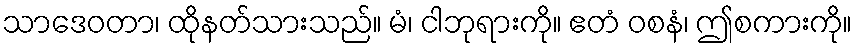
သာဒေဝတာ၊ ထိုနတ်သားသည်။ မံ၊ ငါဘုရားကို။ ဧတံ ဝစနံ၊ ဤစကားကို။